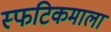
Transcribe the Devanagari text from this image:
स्फटिकमाला